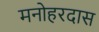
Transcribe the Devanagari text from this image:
मनोहरदास